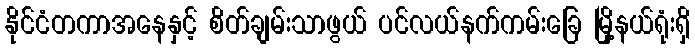
နိုင်ငံတကာအနေနှင့် စိတ်ချမ်းသာဖွယ် ပင်လယ်နက်ကမ်းခြေ မြို့နယ်ရုံးရှိ